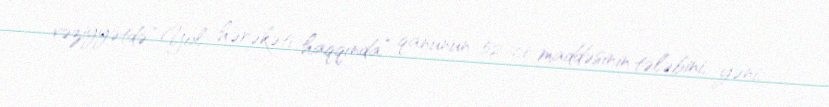
vəziyyətdə “Yol hərəkəti haqqında” qanunun 52-ci maddəsinin tələbini, yəni,